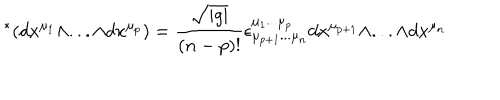
LaTeX: \ ^ { * } ( d x ^ { \mu _ { 1 } } \wedge . . . \wedge d x ^ { \mu _ { p } } ) = \frac { \sqrt { | g | } } { ( n - p ) ! } \epsilon _ { \mu _ { p + 1 } . . . \mu _ { n } } ^ { \mu _ { 1 } . . . \mu _ { p } } d x ^ { \mu _ { p + 1 } } \wedge . . . \wedge d x ^ { \mu _ { n } }